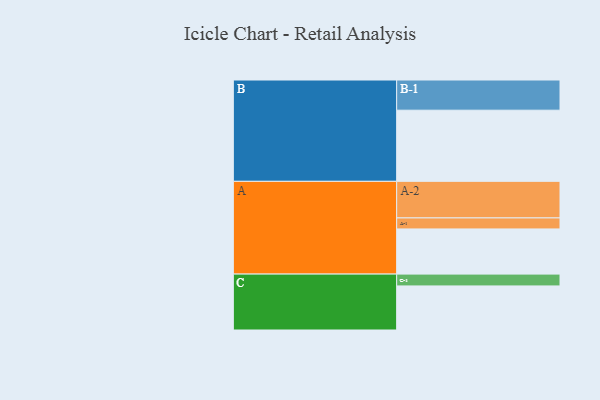
{"axis": {"x": "Segment", "y": "Value"}, "legend": ["", "A", "B", "C"], "data": [{"x": "A", "y": 332, "type": ""}, {"x": "B", "y": 523, "type": ""}, {"x": "C", "y": 324, "type": ""}, {"x": "A-1", "y": 81, "type": "A"}, {"x": "A-2", "y": 269, "type": "A"}, {"x": "B-1", "y": 222, "type": "B"}, {"x": "C-1", "y": 87, "type": "C"}]}